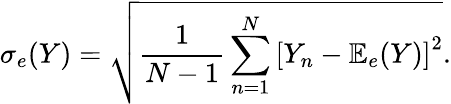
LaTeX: \sigma_{e}(Y)=\sqrt{\frac{1}{N-1}\sum_{n=1}^{N}\left[Y_{n}-{\mathbb E}_{e}(Y)\right]^{2}}.